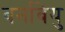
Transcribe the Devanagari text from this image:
बर्नाबेयु